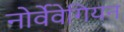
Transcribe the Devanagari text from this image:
नोर्वेवेगियन